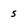
Character: 5